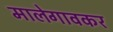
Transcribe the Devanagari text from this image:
मालेगावकर